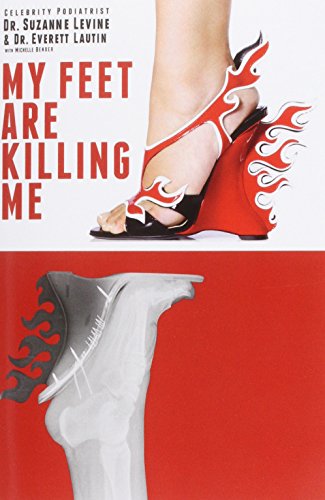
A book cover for My Feet Are Killing Me: Dr. Levine's Complete Foot Care Program; Suzanne Marin Levine D. P. M.; Medical Books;